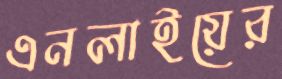
এনলাইয়ের